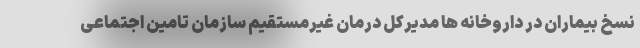
نسخ بیماران در داروخانه ها مدیرکل درمان غیرمستقیم سازمان تامین اجتماعی